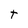
Character: t